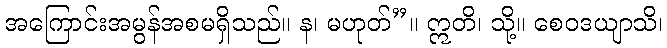
အကြောင်းအမွန်အစမရှိသည်။ န၊ မဟုတ်”။ ဣတိ၊ သို့။ စေဝဒယျာသိ၊